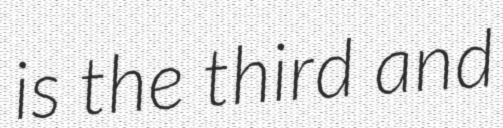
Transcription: is the third and